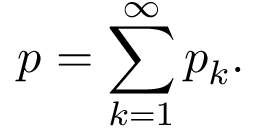
p = \sum _ { k = 1 } ^ { \infty } { p _ { k } } .